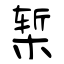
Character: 椠